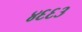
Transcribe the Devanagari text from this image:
४६६३